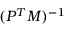
( P ^ { T } M ) ^ { - 1 }